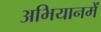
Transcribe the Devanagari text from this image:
अभियानमें